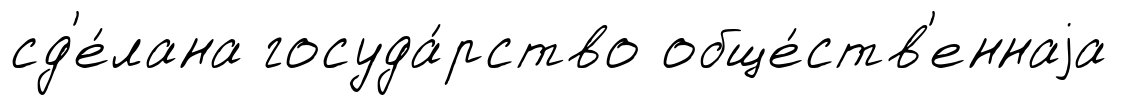
сд'е́лана госуда́рство обще́ств'еннаjа